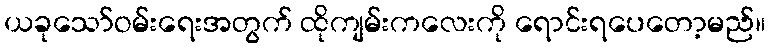
ယခုသော်ဝမ်းရေးအတွက် ထိုကျမ်းကလေးကို ရောင်းရပေတော့မည်။